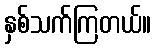
နှစ်သက်ကြတယ်။